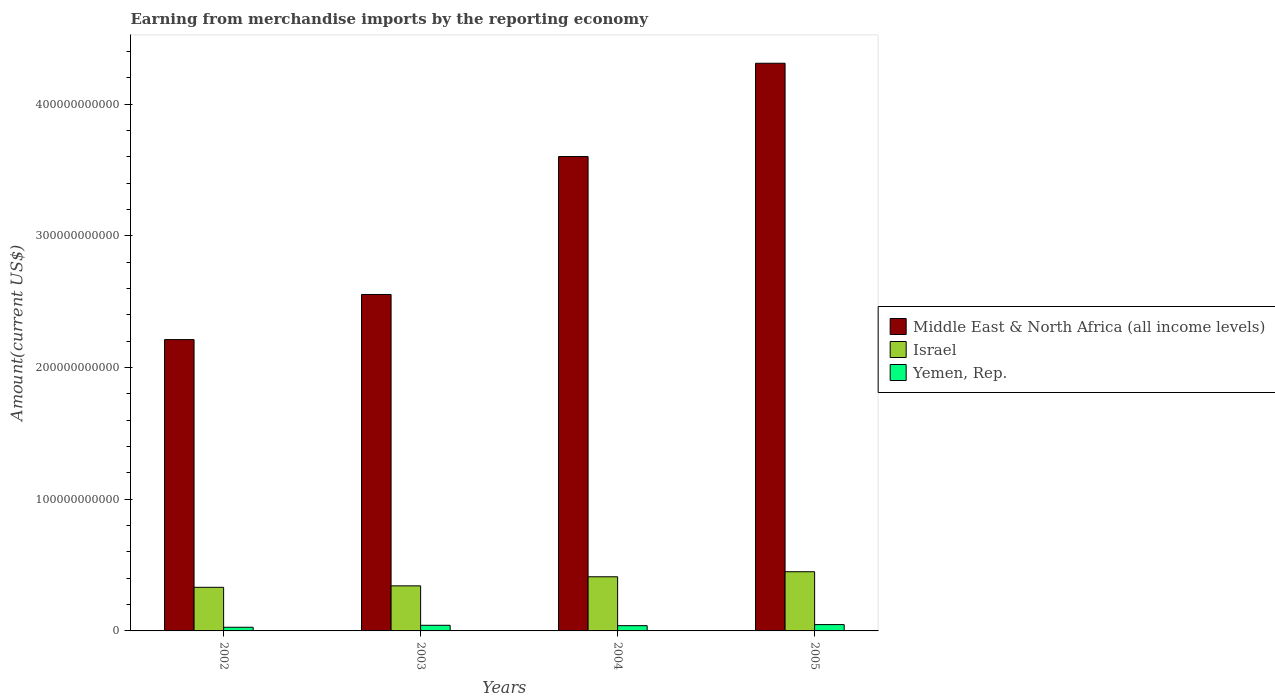
| Years | Middle East & North Africa (all income levels) | Israel | Yemen, Rep. |
 | --- | --- | --- | --- |
 | 2002 | 2.21e+11 | 3.31e+10 | 2.78e+09 |
 | 2003 | 2.55e+11 | 3.42e+10 | 4.27e+09 |
 | 2004 | 3.6e+11 | 4.11e+10 | 3.98e+09 |
 | 2005 | 4.31e+11 | 4.49e+10 | 4.8e+09 |